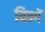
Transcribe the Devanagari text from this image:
बिन्गें